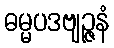
ဓမ္မပဒဗျဉ္ဇနံ